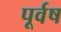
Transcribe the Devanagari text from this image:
पूर्वष